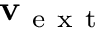
\mathbf { v } _ { \mathrm { ~ e ~ x ~ t ~ } }